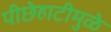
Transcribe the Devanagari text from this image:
पीछेहाटीमुळे